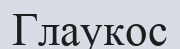
Глаукос